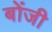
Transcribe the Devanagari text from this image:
बोंजी